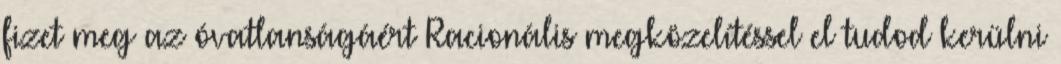
fizet meg az óvatlanságáért Racionális megközelítéssel el tudod kerülni